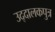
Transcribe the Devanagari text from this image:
उद्दालकपुत्र